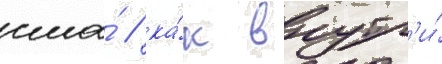
сша́ / ка́к внутр'и́